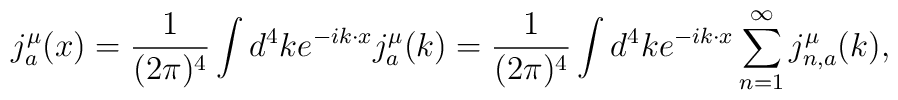
j^\mu_a(x)={1\over (2\pi)^4}\int d^4k e^{-ik\cdot x}j^{\mu}_a(k)          ={1\over (2\pi)^4}\int d^4k e^{-ik\cdot x}          \sum\limits_{n=1}^{\infty} j^{\mu}_{n,a}(k),